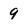
Character: 9